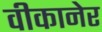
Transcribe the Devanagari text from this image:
वीकानेर